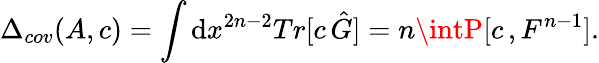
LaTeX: \Delta_{cov}(A,c)=\int\mathrm{d}x^{2n-2}Tr[c\, \hat{{G}}]=n\intP[c\, ,F^{n-1}].